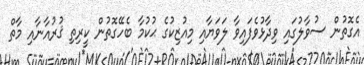
އެގޮތުން ސުވާލުގައި ވިދާޅުވެފައިވާ ލަވަޔާއި މިއުޒިކުގެ ޙުކުމާ ބެހޭގޮތުން ކީރިތި ޤުރުއާނާއި މާތް